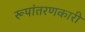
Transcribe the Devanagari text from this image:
रूपांतरणकारी